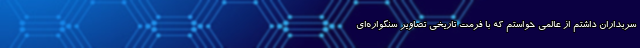
سربداران داشتم از عالمی خواستم که با فرمت تاریخی تصاویر سنگواره‌ای